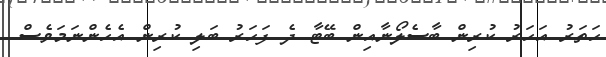
ހަތަރު އަހަރު ކުރިން ބާސެލޯނާއިން ބޭޓާ ދެ ފަހަރު ބަލި ކުރިން އެހެންނަމަވެސް